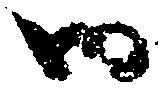
御